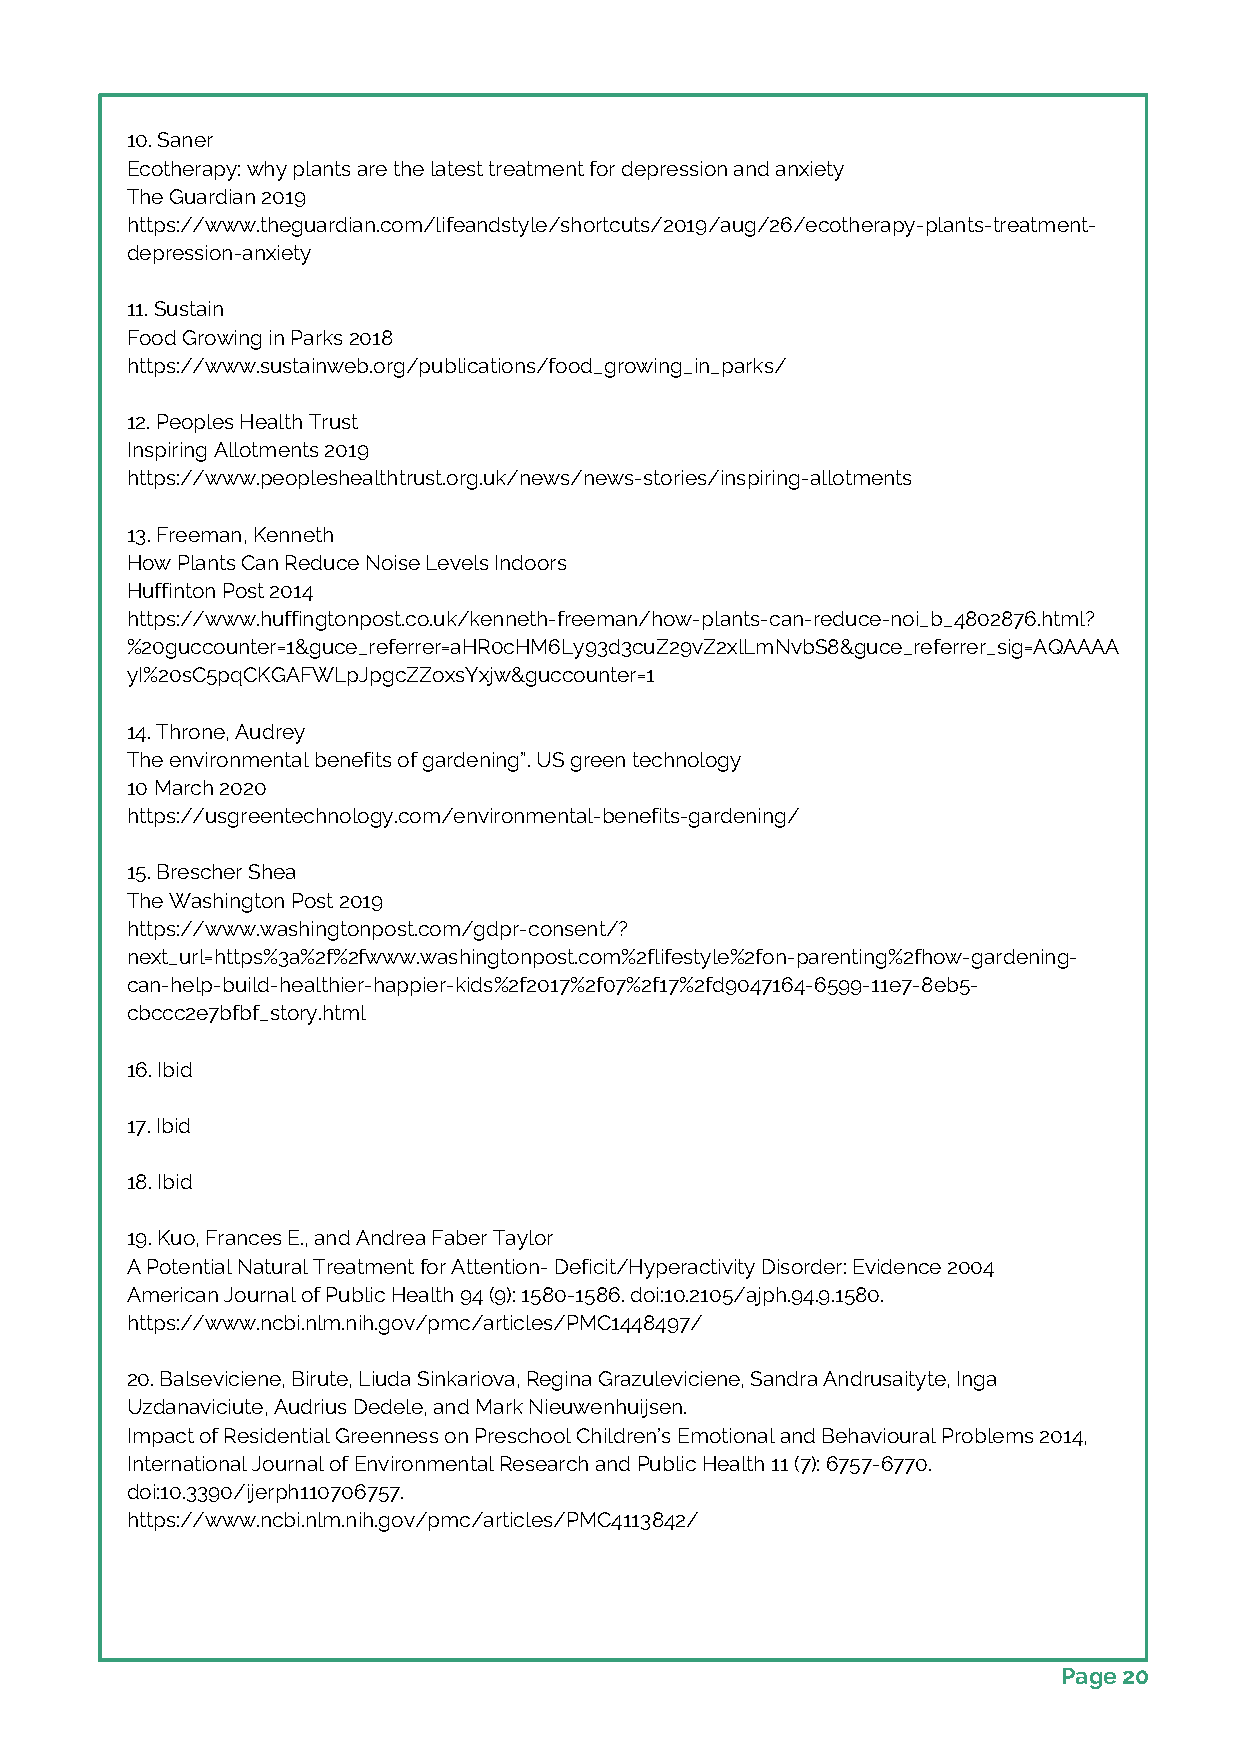
10. Saner
 Ecotherapy: why plants are the latest treatment for depression and anxiety
 The Guardian 2019
 https://www.theguardian.com/lifeandstyle/shortcuts/2019/aug/26/ecotherapy-plants-treatment-
 depression-anxiety
 11. Sustain
 Food Growing in Parks 2018
 https://www.sustainweb.org/publications/food_growing_in_parks/
 12. Peoples Health Trust
 Inspiring Allotments 2019
 https://www.peopleshealthtrust.org.uk/news/news-stories/inspiring-allotments
 13. Freeman, Kenneth
 How Plants Can Reduce Noise Levels Indoors
 Huffinton Post 2014
 https://www.huffingtonpost.co.uk/kenneth-freeman/how-plants-can-reduce-noi_b_4802876.html?
 %20guccounter=1&guce_referrer=aHR0cHM6Ly93d3cuZ29vZ2xlLmNvbS8&guce_referrer_sig=AQAAAA
 yI%20sC5pqCKGAFWLpJpgcZZoxsYxjw&guccounter=1
 14. Throne, Audrey
 The environmental benefits of gardening”. US green technology
 10 March 2020
 https://usgreentechnology.com/environmental-benefits-gardening/
 15. Brescher Shea
 The Washington Post 2019
 https://www.washingtonpost.com/gdpr-consent/?
 next_url=https%3a%2f%2fwww.washingtonpost.com%2flifestyle%2fon-parenting%2fhow-gardening-
 can-help-build-healthier-happier-kids%2f2017%2f07%2f17%2fd9047164-6599-11e7-8eb5-
 cbccc2e7bfbf_story.html
 16. Ibid
 17. Ibid
 18. Ibid
 19. Kuo, Frances E., and Andrea Faber Taylor
 A Potential Natural Treatment for Attention- Deficit/Hyperactivity Disorder: Evidence 2004
 American Journal of Public Health 94 (9): 1580-1586. doi:10.2105/ajph.94.9.1580.
 https://www.ncbi.nlm.nih.gov/pmc/articles/PMC1448497/
 20. Balseviciene, Birute, Liuda Sinkariova, Regina Grazuleviciene, Sandra Andrusaityte, Inga
 Uzdanaviciute, Audrius Dedele, and Mark Nieuwenhuijsen.
 Impact of Residential Greenness on Preschool Children’s Emotional and Behavioural Problems 2014,
 International Journal of Environmental Research and Public Health 11 (7): 6757-6770.
 doi:10.3390/ijerph110706757.
 https://www.ncbi.nlm.nih.gov/pmc/articles/PMC4113842/
 Page 20